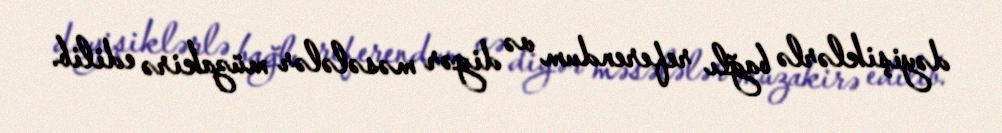
dəyişiklərlə bağlı referendum və digər məsələlər müzakirə edilib.